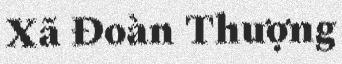
Xã Đoàn Thượng